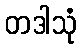
တဒါသုံ